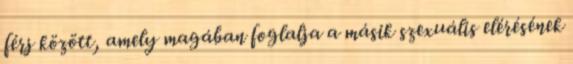
férj között, amely magában foglalja a másik szexuális elérésének